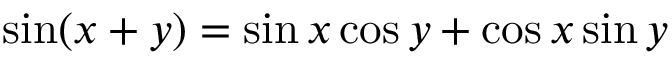
\sin ( x + y ) = \sin { x } \cos y + \cos x \sin y